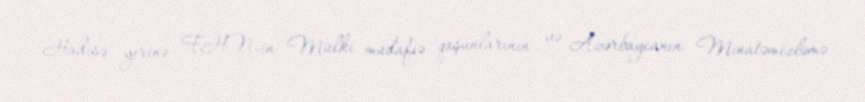
Hadisə yerinə FHN-in Mülki müdafiə qoşunlarının və Azərbaycanın Minatəmizləmə